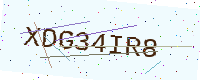
Text: XDG34IR8